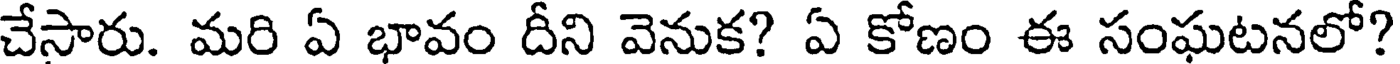
చేసారు. మరి ఏ భావం దీని వెనుక? ఏ కోణం ఈ సంఘటనలో?